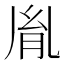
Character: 胤